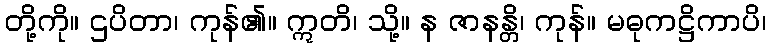
တို့ကို။ ဌပိတာ၊ ကုန်၏။ ဣတိ၊ သို့။ န ဇာနန္တိ၊ ကုန်။ မဓုကဋ္ဌိကာပိ၊